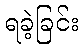
ရခဲ့ခြင်း